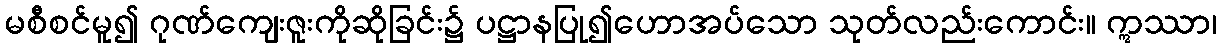
မစီစင်မူ၍ ဂုဏ်ကျေးဇူးကိုဆိုခြင်း၌ ပဋ္ဌာနပြု၍ဟောအပ်သော သုတ်လည်းကောင်း။ ဣဿာ၊